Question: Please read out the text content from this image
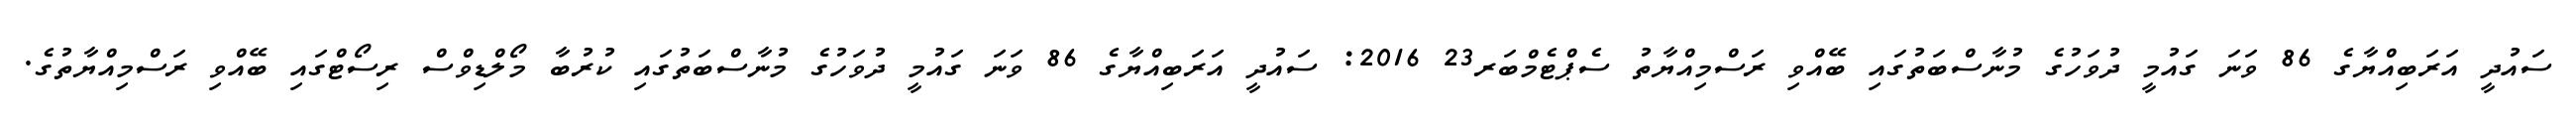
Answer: ސައުދީ އަރަބިއްޔާގެ 86 ވަނަ ގައުމީ ދުވަހުގެ މުނާސްބަތުގައި ބޭއްވި ރަސްމިއްޔާތު ސެޕްޓެމްބަރ23 2016: ސައުދީ އަރަބިއްޔާގެ 86 ވަނަ ގައުމީ ދުވަހުގެ މުނާސްބަތުގައި ކުރުބާ މޯލްޑިވްސް ރިސޯޓްގައި ބޭއްވި ރަސްމިއްޔާތުގެ.